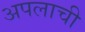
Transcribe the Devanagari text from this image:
अपलाची